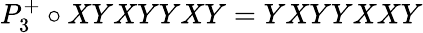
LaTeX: P_{3}^{+}\circ XYXYYXY=YXYYXXY